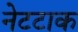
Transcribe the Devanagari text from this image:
नेटटाक